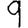
Digit: 9